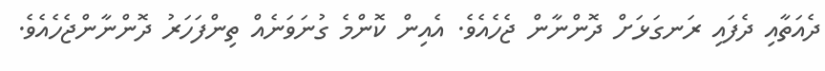
ދެއަތާއި ދެފައި ރަނގަޅަށް ދޮންނާން ޖެހެއެވެ. އެއިން ކޮންމެ ގުނަވަނެއް ތިންފަހަރު ދޮންނާންޖެހެއެވެ.